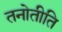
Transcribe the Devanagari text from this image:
तनोतीति